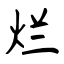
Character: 烂